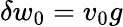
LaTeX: \delta w_{0}=v_{0}g